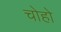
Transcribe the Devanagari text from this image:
चोहो